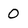
Character: 0